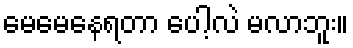
မေမေနေရတာ ပေါ့လဲ မလာဘူး။